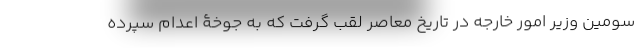
سومین وزیر امور خارجه در تاریخ معاصر لقب گرفت که به جوخۀ اعدام سپرده